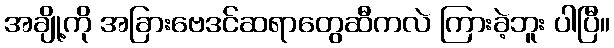
အချို့ကို အခြားဗေဒင်ဆရာတွေဆီကလဲ ကြားခဲ့ဘူး ပါပြီ။